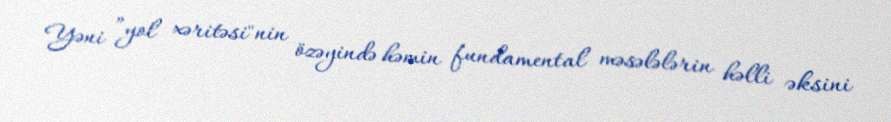
Yəni ”yol xəritəsi"nin özəyində həmin fundamental məsələlərin həlli əksini